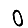
Digit: 0